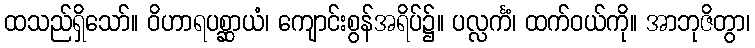
ထသည်ရှိသော်။ ဝိဟာရပစ္ဆာယံ၊ ကျောင်းစွန်အရိပ်၌။ ပလ္လင်္ကံ၊ ထက်ဝယ်ကို။ အာဘုဇိတွာ၊